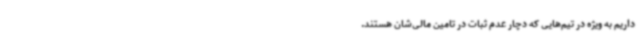
داریم به ویژه در تیم‌هایی که دچار عدم ثبات در تامین مالی‌شان هستند.